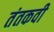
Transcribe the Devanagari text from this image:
तंतकवी